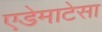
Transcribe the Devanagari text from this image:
एडेमाटेसा